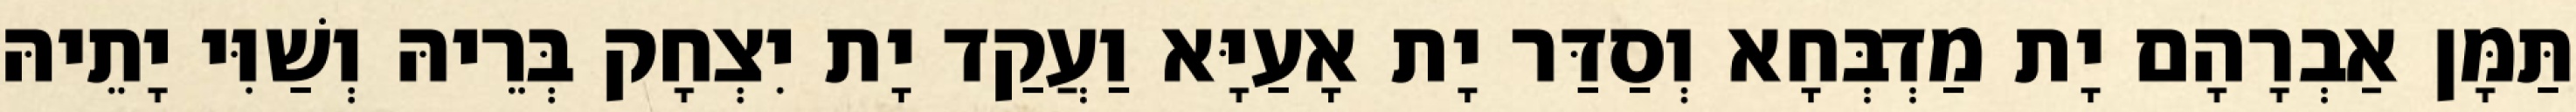
תַּמָּן אַבְרָהָם יָת מַדְבְּחָא וְסַדַּר יָת אָעַיָּא וַעֲקַד יָת יִצְחָק בְּרֵיהּ וְשַׁוִּי יָתֵיהּ